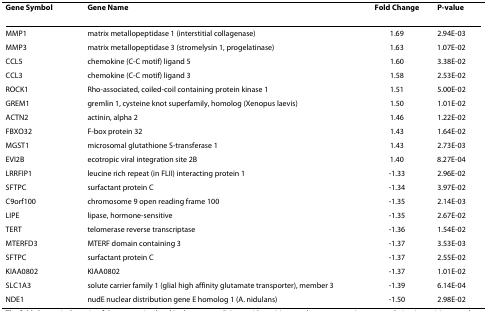
<table><thead><tr><td><b>Gene Symbol</b></td><td><b>Gene Name</b></td><td><b>Fold Change</b></td><td><b>P-value</b></td></tr></thead><tbody><tr><td>MMP1</td><td>matrix metallopeptidase 1 (interstitial collagenase)</td><td>1.69</td><td>2.94E-03</td></tr><tr><td>MMP3</td><td>matrix metallopeptidase 3 (stromelysin 1, progelatinase)</td><td>1.63</td><td>1.07E-02</td></tr><tr><td>CCL5</td><td>chemokine (C-C motif) ligand 5</td><td>1.60</td><td>3.38E-02</td></tr><tr><td>CCL3</td><td>chemokine (C-C motif) ligand 3</td><td>1.58</td><td>2.53E-02</td></tr><tr><td>ROCK1</td><td>Rho-associated, coiled-coil containing protein kinase 1</td><td>1.51</td><td>5.00E-02</td></tr><tr><td>GREM1</td><td>gremlin 1, cysteine knot superfamily, homolog (Xenopus laevis)</td><td>1.50</td><td>1.01E-02</td></tr><tr><td>ACTN2</td><td>actinin, alpha 2</td><td>1.46</td><td>1.22E-02</td></tr><tr><td>FBXO32</td><td>F-box protein 32</td><td>1.43</td><td>1.64E-02</td></tr><tr><td>MGST1</td><td>microsomal glutathione S-transferase 1</td><td>1.43</td><td>2.73E-03</td></tr><tr><td>EVI2B</td><td>ecotropic viral integration site 2B</td><td>1.40</td><td>8.27E-04</td></tr><tr><td>LRRFIP1</td><td>leucine rich repeat (in FLII) interacting protein 1</td><td>-1.33</td><td>2.96E-02</td></tr><tr><td>SFTPC</td><td>surfactant protein C</td><td>-1.34</td><td>3.97E-02</td></tr><tr><td>C9orf100</td><td>chromosome 9 open reading frame 100</td><td>-1.35</td><td>2.14E-03</td></tr><tr><td>LIPE</td><td>lipase, hormone-sensitive</td><td>-1.35</td><td>2.67E-02</td></tr><tr><td>TERT</td><td>telomerase reverse transcriptase</td><td>-1.36</td><td>1.54E-02</td></tr><tr><td>MTERFD3</td><td>MTERF domain containing 3</td><td>-1.37</td><td>3.53E-03</td></tr><tr><td>SFTPC</td><td>surfactant protein C</td><td>-1.37</td><td>2.55E-02</td></tr><tr><td>KIAA0802</td><td>KIAA0802</td><td>-1.37</td><td>1.01E-02</td></tr><tr><td>SLC1A3</td><td>solute carrier family 1 (glial high affinity glutamate transporter), member 3</td><td>-1.39</td><td>6.14E-04</td></tr><tr><td>NDE1</td><td>nudE nuclear distribution gene E homolog 1 (A. nidulans)</td><td>-1.50</td><td>2.98E-02</td></tr></tbody></table>